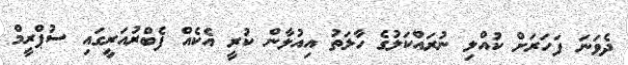
ދެވަނަ ފަހަރަށް ކުއްލި ނުރައްކަލުގެ ހާލަތު އިއުލާން ކުރީ އެކެއް ފެބްރުއަރީގައި ސުޕްރީމް